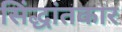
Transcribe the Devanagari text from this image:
सिंद्धांतकार